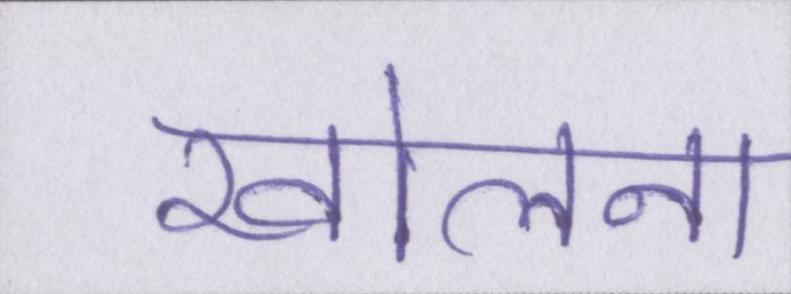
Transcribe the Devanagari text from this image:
खोलना